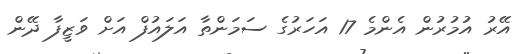
އޭރު އުމުރުން އެންމެ 17 އަހަރުގެ ސަމަންތާ އަލައުފް އަށް ވަޒީފާ ދޭން